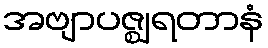
အဗျာပဇ္ဈရတာနံ